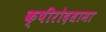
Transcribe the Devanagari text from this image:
क्षीरोदधामा